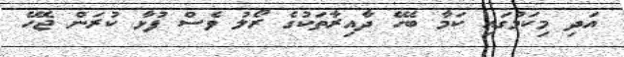
އަދި މިކަމުގައި ކަމާ ބެހޭ ދާއިރާތަކުގެ ރޯލު ވެސް ފުޅާ ކުރަން ޖެހޭ